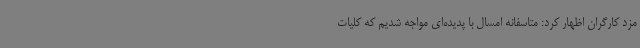
مزد کارگران اظهار کرد: متاسفانه امسال با پدیده‌ای مواجه شدیم که کلیات